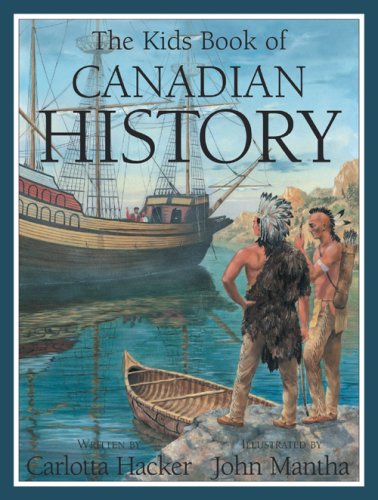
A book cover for The Kids Book of Canadian History; Carlotta Hacker; Children's Books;